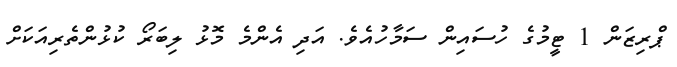
ޕްރިޒަން 1 ޓީމުގެ ހުސައިން ސަމާހުއެވެ. އަދި އެންމެ މޮޅު ލިބަރޯ ކުޅުންތެރިއަކަށް